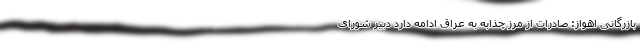
بازرگانی اهواز: صادرات از مرز چذابه به عراق ادامه دارد دبیر شورای